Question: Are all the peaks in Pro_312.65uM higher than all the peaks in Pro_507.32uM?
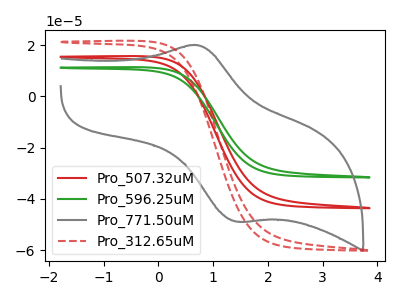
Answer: <think>The red curve "Pro_507.32uM" has no peaks. The green curve "Pro_596.25uM" has no peaks. The gray curve "Pro_771.50uM" has an anodic peak at (0.70V, 19.95uA) and a cathodic peak at (1.45V, -48.85uA). The red dashed curve "Pro_312.65uM" has no peaks.</think>
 <answer>Niether CV has any peaks.</answer>
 <eval>blanks</eval>